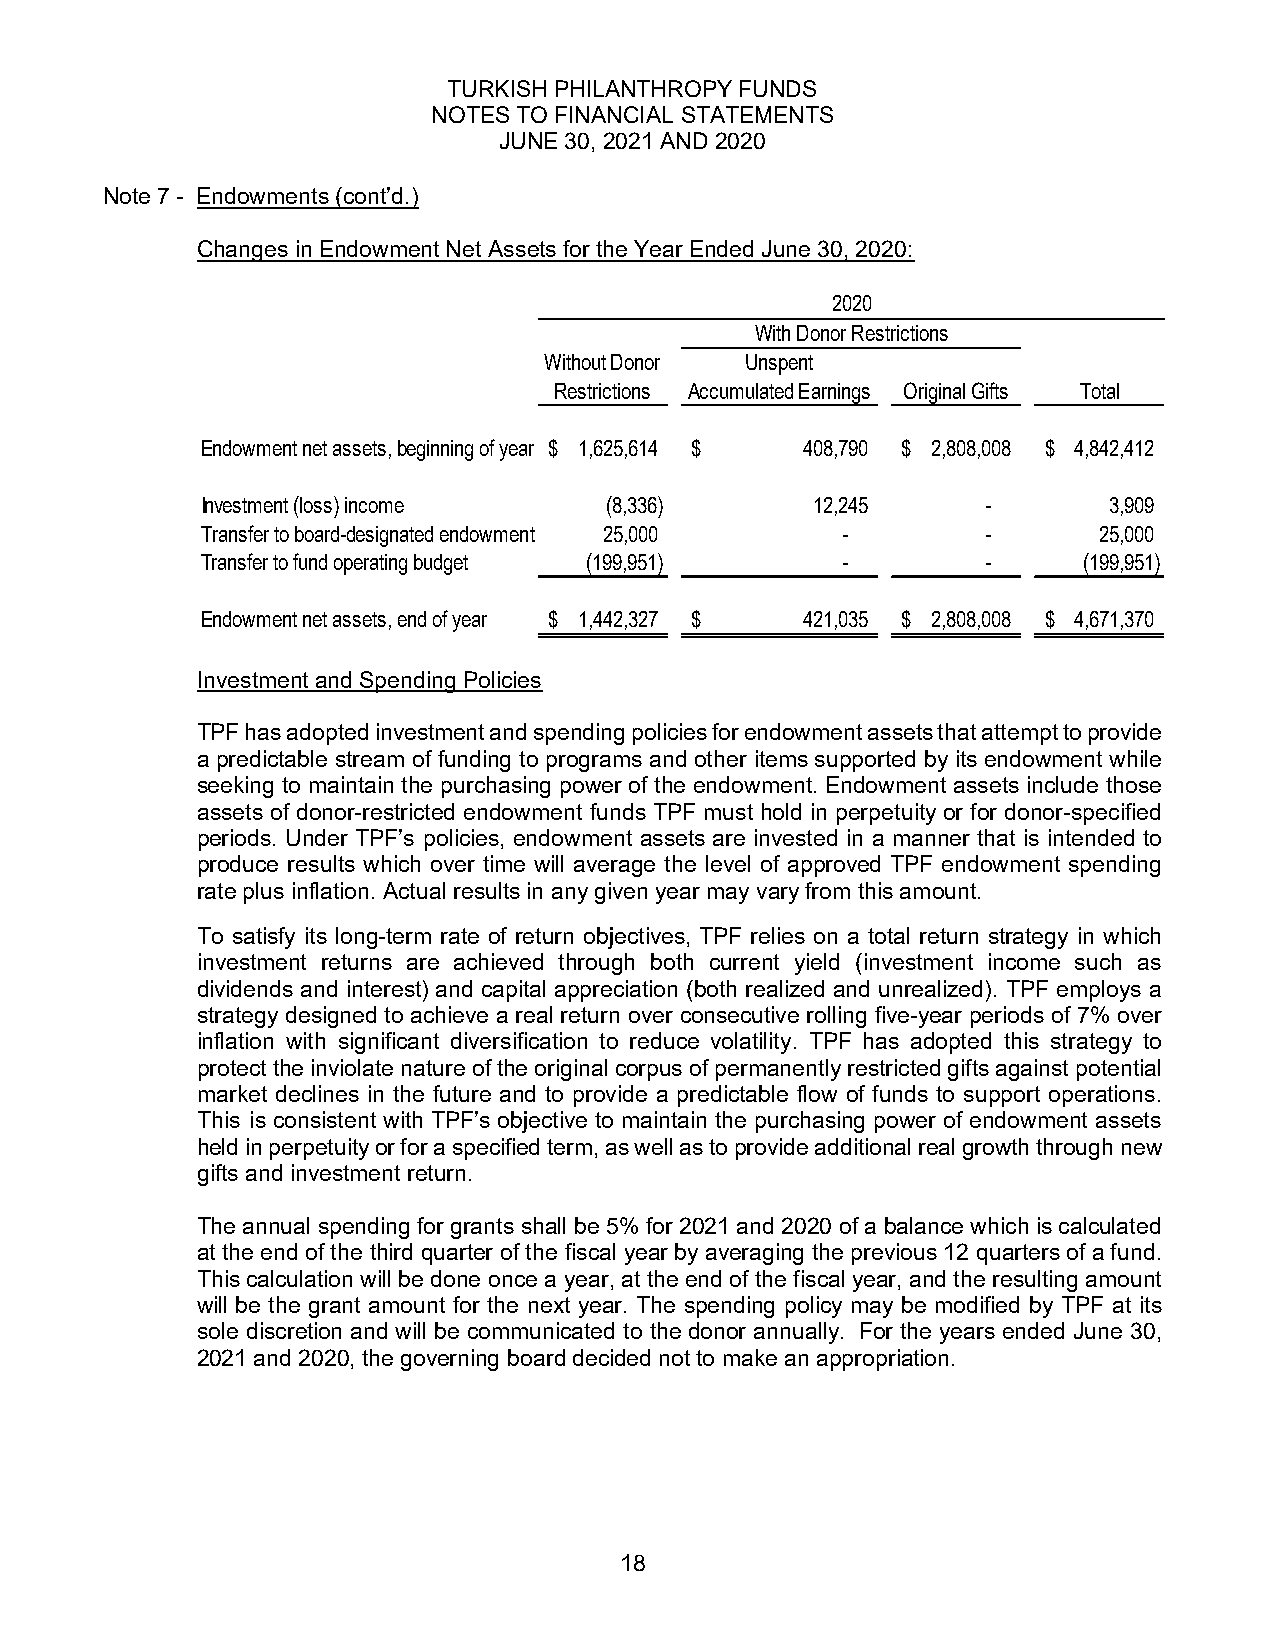
TURKISH PHILANTHROPY FUNDS
 NOTES TO FINANCIAL STATEMENTS
 JUNE 30, 2021 AND 2020
 Note 7 - Endowments (cont’d.)
 Changes in Endowment Net Assets for the Year Ended June 30, 2020:
 2020
 With Donor Restrictions
 Without Donor Unspent
 Restrictions Accumulated Earnings Original Gifts Total
 Endowment net assets, beginning of year $ 1 ,625,614 $ 408,790 $ 2,808,008 $ 4 ,842,412
 Investment (loss) income   (8,336)       12,245     -       3 ,909
 Transfer to board-designated endowment 25,000 -     -       2 5,000
 Transfer to fund operating budget (199,951) -       -      (199,951)
 Endowment net assets, end of year $ 1 ,442,327 $ 421,035 $ 2,808,008 $ 4 ,671,370
 Investment and Spending Policies
 TPF has adopted investment and spending policies for endowment assets that attempt to provide
 a predictable stream of funding to programs and other items supported by its endowment while
 seeking to maintain the purchasing power of the endowment. Endowment assets include those
 assets of donor-restricted endowment funds TPF must hold in perpetuity or for donor-specified
 periods. Under TPF’s policies, endowment assets are invested in a manner that is intended to
 produce results which over time will average the level of approved TPF endowment spending
 rate plus inflation. Actual results in any given year may vary from this amount.
 To satisfy its long-term rate of return objectives, TPF relies on a total return strategy in which
 investment returns are achieved through both current yield (investment income such as
 dividends and interest) and capital appreciation (both realized and unrealized). TPF employs a
 strategy designed to achieve a real return over consecutive rolling five-year periods of 7% over
 inflation with significant diversification to reduce volatility. TPF has adopted this strategy to
 protect the inviolate nature of the original corpus of permanently restricted gifts against potential
 market declines in the future and to provide a predictable flow of funds to support operations.
 This is consistent with TPF’s objective to maintain the purchasing power of endowment assets
 held in perpetuity or for a specified term, as well as to provide additional real growth through new
 gifts and investment return.
 The annual spending for grants shall be 5% for 2021 and 2020 of a balance which is calculated
 at the end of the third quarter of the fiscal year by averaging the previous 12 quarters of a fund.
 This calculation will be done once a year, at the end of the fiscal year, and the resulting amount
 will be the grant amount for the next year. The spending policy may be modified by TPF at its
 sole discretion and will be communicated to the donor annually. For the years ended June 30,
 2021 and 2020, the governing board decided not to make an appropriation.
 18